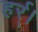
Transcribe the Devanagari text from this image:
हर्र्।